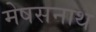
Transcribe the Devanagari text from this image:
मेषसनाथ